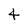
Character: 4